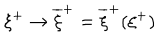
\xi ^ { + } \rightarrow \overline { { { \xi } } } ^ { + } = \overline { { { \xi } } } ^ { + } ( \xi ^ { + } )